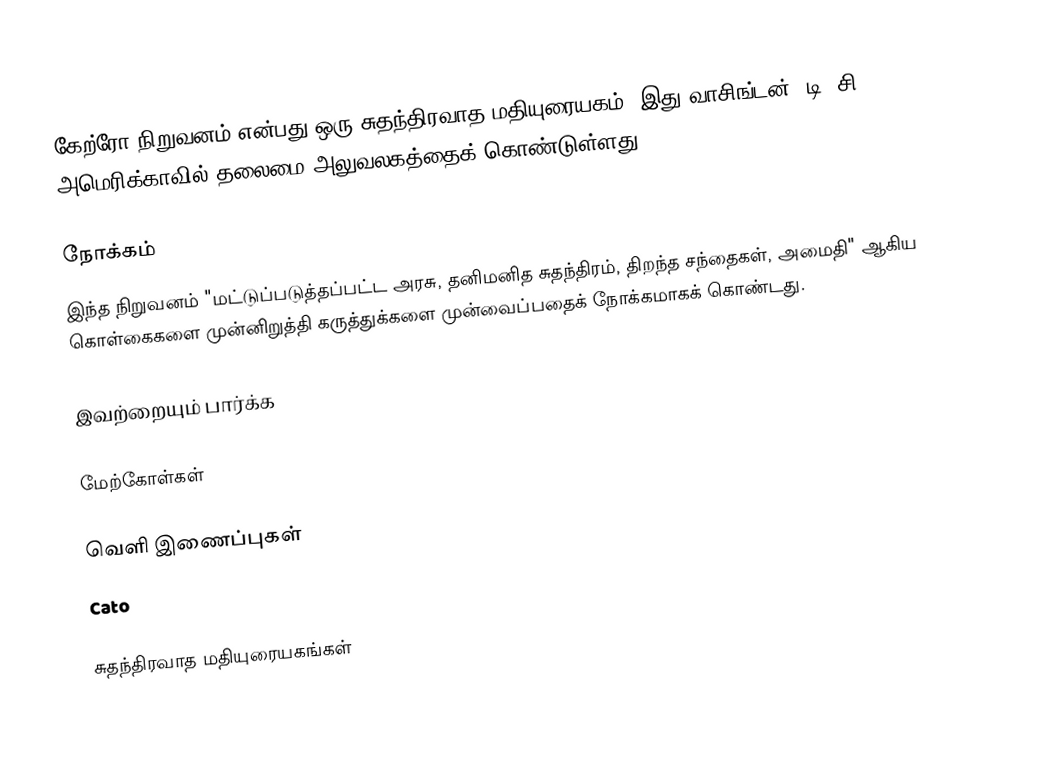
கேற்ரோ நிறுவனம் என்பது ஒரு சுதந்திரவாத மதியுரையகம். இது வாசிங்டன், டி. சி., அமெரிக்காவில் தலைமை அலுவலகத்தைக் கொண்டுள்ளது.

நோக்கம்
இந்த நிறுவனம் "மட்டுப்படுத்தப்பட்ட அரசு, தனிமனித சுதந்திரம், திறந்த சந்தைகள், அமைதி" ஆகிய கொள்கைகளை முன்னிறுத்தி கருத்துக்களை முன்வைப்பதைக் நோக்கமாகக் கொண்டது.

இவற்றையும் பார்க்க

மேற்கோள்கள்

வெளி இணைப்புகள்
 Cato

சுதந்திரவாத மதியுரையகங்கள்